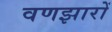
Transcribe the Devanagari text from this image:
वणझारों